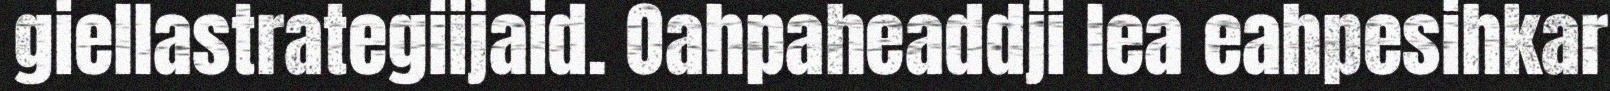
giellastrategiijaid. Oahpaheaddji lea eahpesihkar